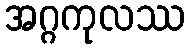
အဂ္ဂကုလဿ